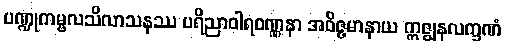
ပဏ္ဍုကမ္ဗလသိလာသနဿ ပရိညာဝါရဝဏ္ဏနာ အဝိဇ္ဇမာနာယ ဣဇ္ဈနလက္ခဏံ